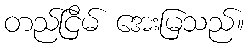
တည်ငြိမ် အေးမြသည်။